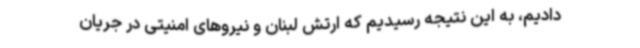
دادیم، به این نتیجه رسیدیم که ارتش لبنان و نیروهای امنیتی در جریان